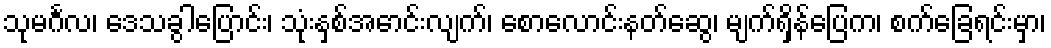
သုမင်္ဂလ၊ ဒေသခွါပြောင်း၊ သုံးနှစ်အောင်းလျက်၊ စောလောင်းနတ်ဆွေ၊ မျက်ရှိန်ပြေက၊ စက်ခြေရင်းမှာ၊